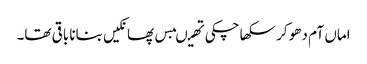
اماں آم دھو کر سکھا چکی تھیںبس پھانکیں بنانا باقی تھا۔